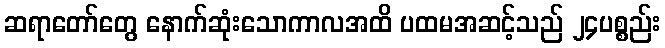
ဆရာတော်တွေ နောက်ဆုံးသောကာလအထိ ပထမအဆင့်သည် ၂၄ပစ္စည်း